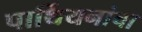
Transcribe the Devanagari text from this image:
पार्थियनांचा